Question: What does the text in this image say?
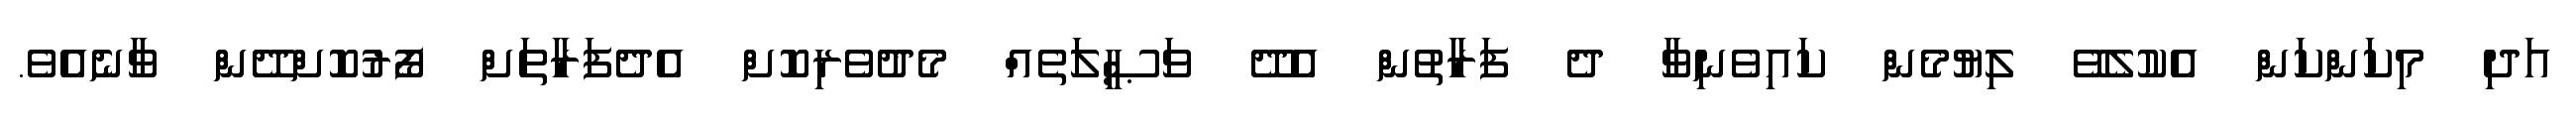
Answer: އަދި މިކަންކަން އެކުލެވޭ ލިޔުމެން ކައިވެނިވާ ދެ ފަރާތުން އެދޭ ވަޞީލަތެއް މެދުވެރިކޮށް އެދެފަރާތަށް ފޯރުކޮށްދޭން ވާނެއެވެ.